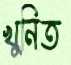
খুনিত